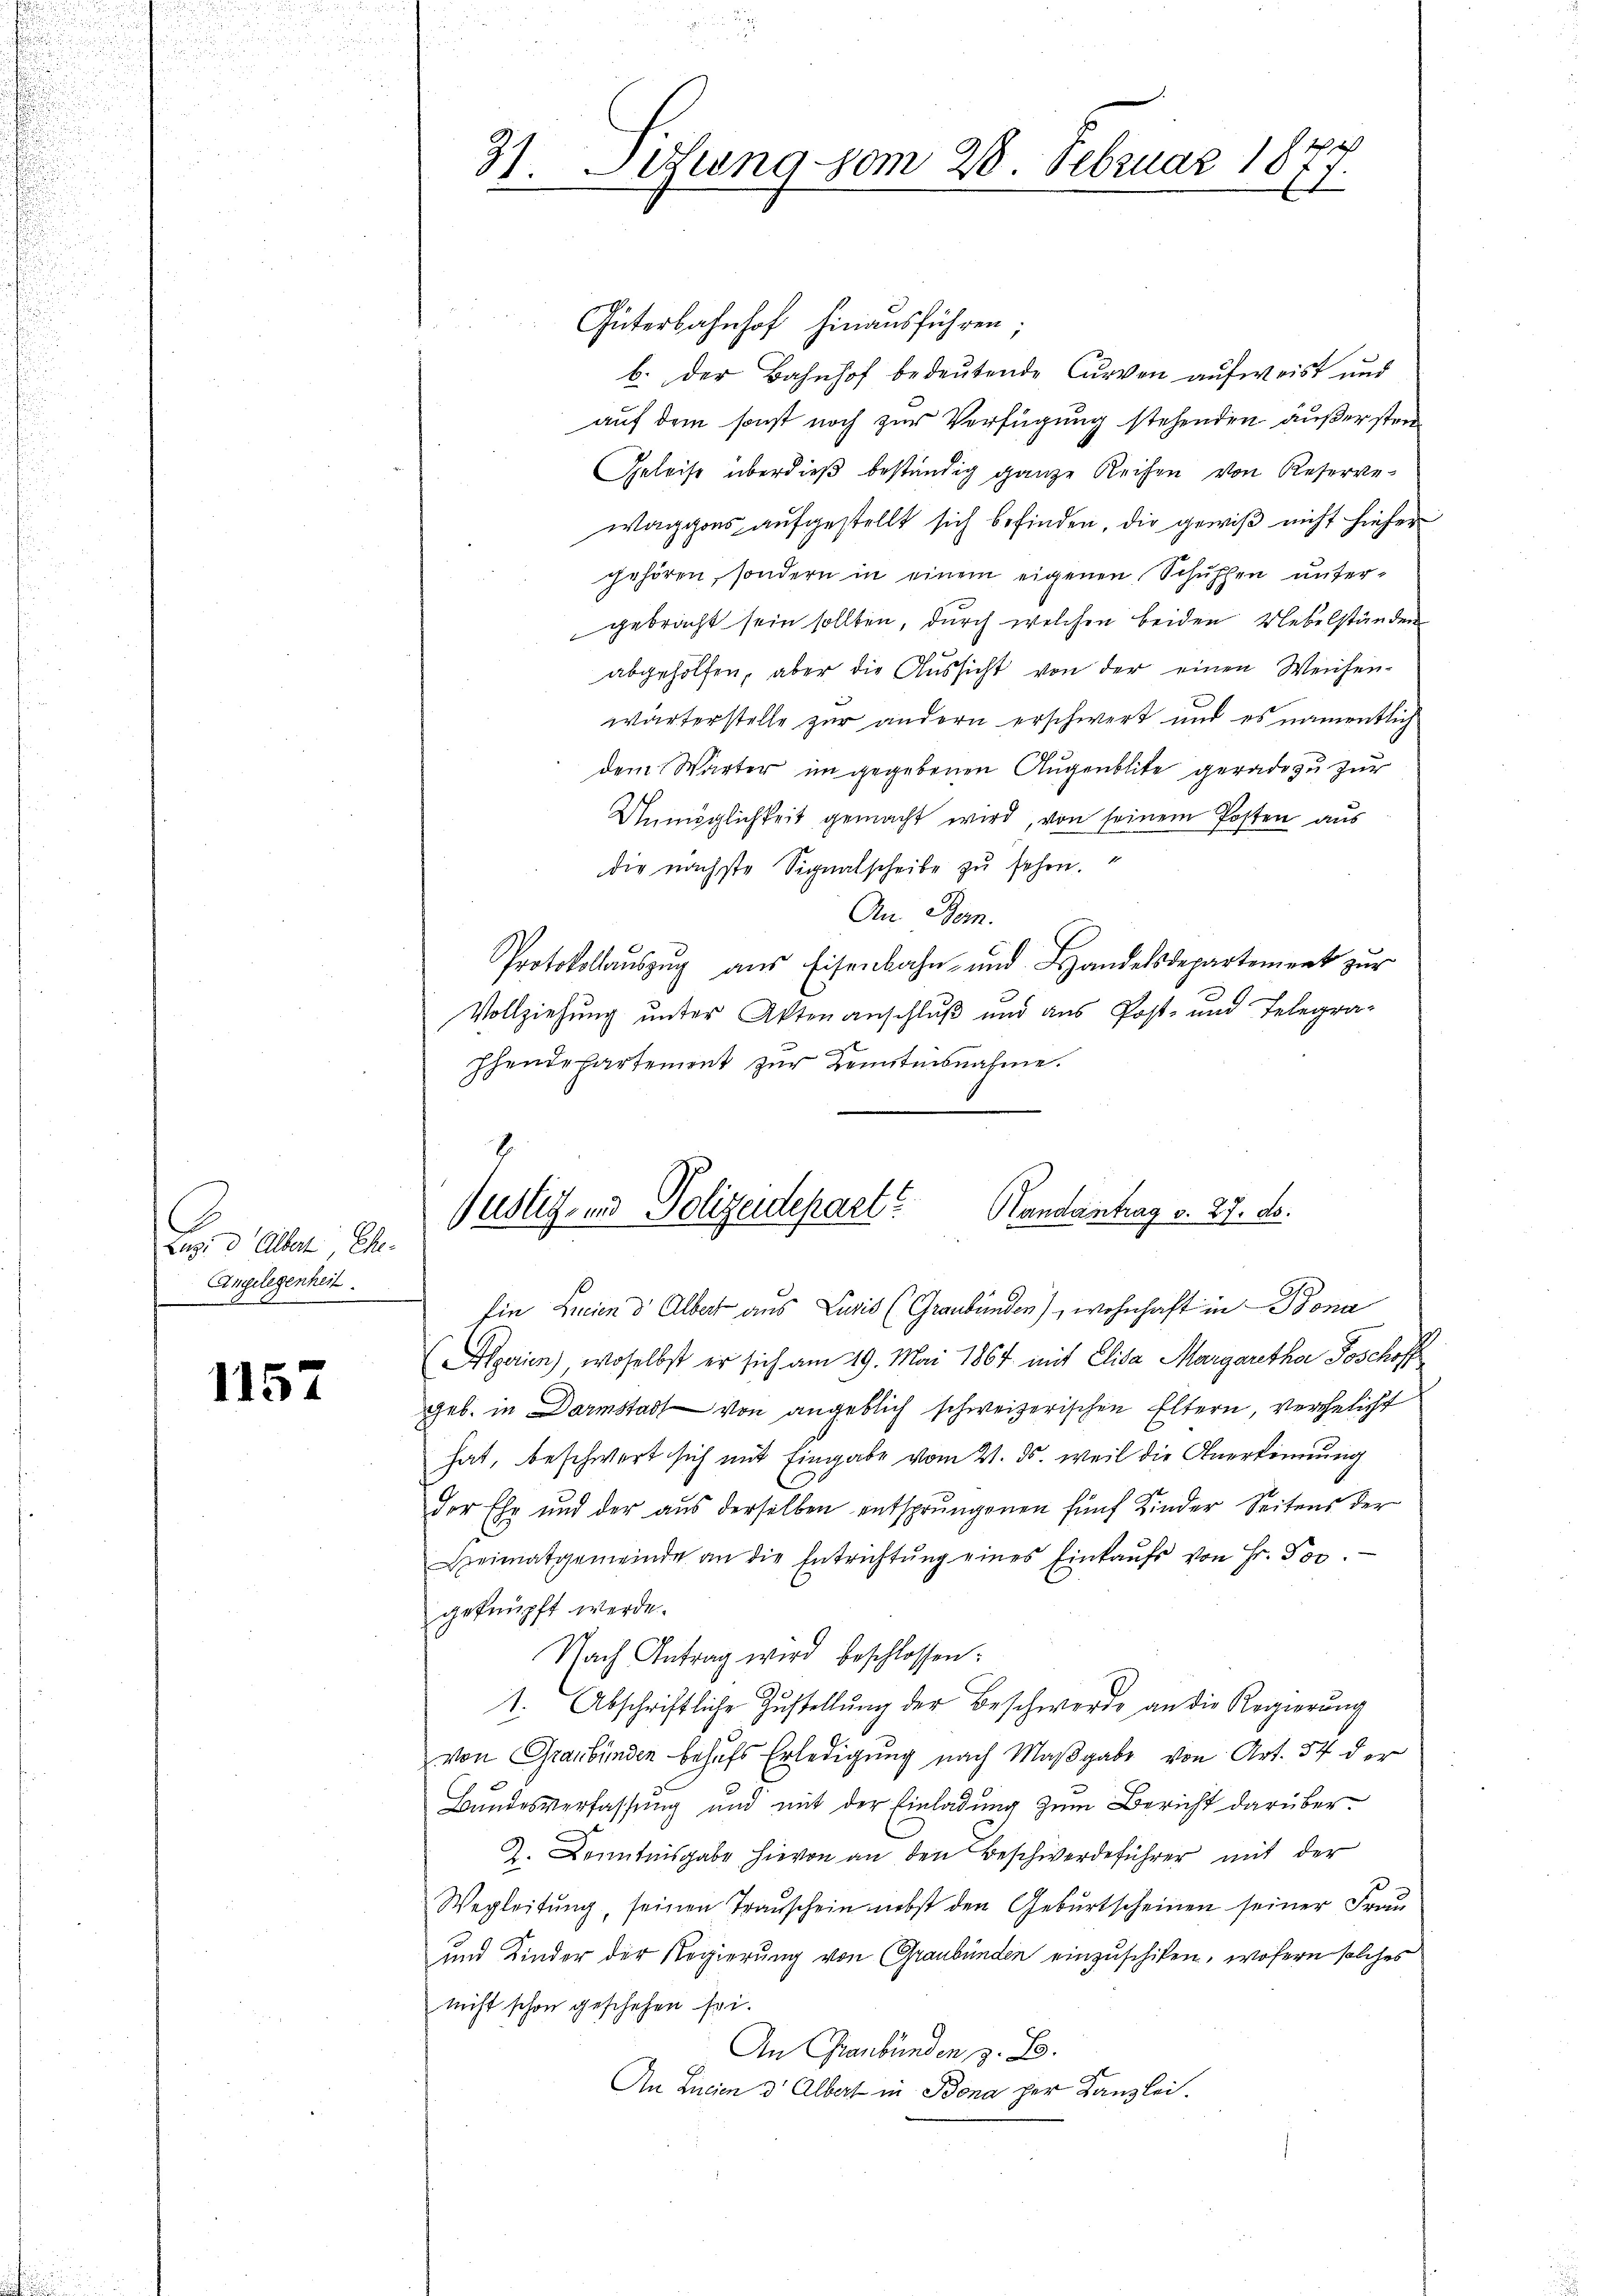
Lugi d Albert, Ehe-
Angelegenheit

1157

Stuung vom 28. Februar 1844
27.
.

Güterbahnhof hinausführen;
b. der Bahnhof bedeutende Curven aufweist und
auf dem sonst noch zur Verfügung stehenden außersten
Geleise überdieß beständig ganze Reihen von Reserve-
waggons aufgestellt sich befinden, die gewiß nicht hieher
gehören, sondern in einem eigenen Schüssen untergebracht sein sollten, durch welchen beiden Uebelständen
abgeholfen, aber die Aussicht von der einen Weichen-
wärterstelle zur andern erschwert und es namentlich
dem Wärter im gegebenen Augenblike gerade zu zur
Unmöglichkeit gemacht wird, von seinem Posten aus
die nächste Signalscheibe zu sehen.
An Bern.
Protokollaŭszŭg aŭs Eisenbahn- und Handelsdepartement zŭr
Vollziehung unter Aktenanschluß und aus Post- und Telegra-
phendepartement zur Kenntnisnahme.
.

Justiz- und Polizeidepart?
Handantrag v. 27. ds.
fin Linien d. Albert aus Luzis (Graubünden), wohnhaft in Bona

Algerien) woselbst er sich am 19. Mai 1864 mit Elisa Margarether Poschoff
geb. in Darmstadt von angeblich schweizerischen Eltern, verehelicht
hat, beschwert sich mit Eingabe vom 21. ds. weil die Anerkennung
der Ehe und der aus derselben entsprungenen fünf Kinder Seitens der
Heimatgemeinde an die Entrichtŭng eines Einkaŭfs von Fr. Jos.
geknüpft werde.
Nach Antrag wird beschlossen:
1. Abschriftliche Zustellŭng der Beschwerde an die Regierŭng
von Graubünden behufs Erledigung nach Maßgabe von Art. 54 der
Bundesverfassung und mit der Einladung zum Bericht darüber¬
Z. Kenntnisgabe hievon an den Beschwerdeführer mit der
Wegleitung, seinen Transchein nebst den Geburtscheinen seiner Frau
und Kinder der Regierung von Graubünden einzuschiken, wofern solches
nicht schon geschehen sei.
An Graubünden, z. B.
An Licien d. Albert in Bona per Kanzlei.